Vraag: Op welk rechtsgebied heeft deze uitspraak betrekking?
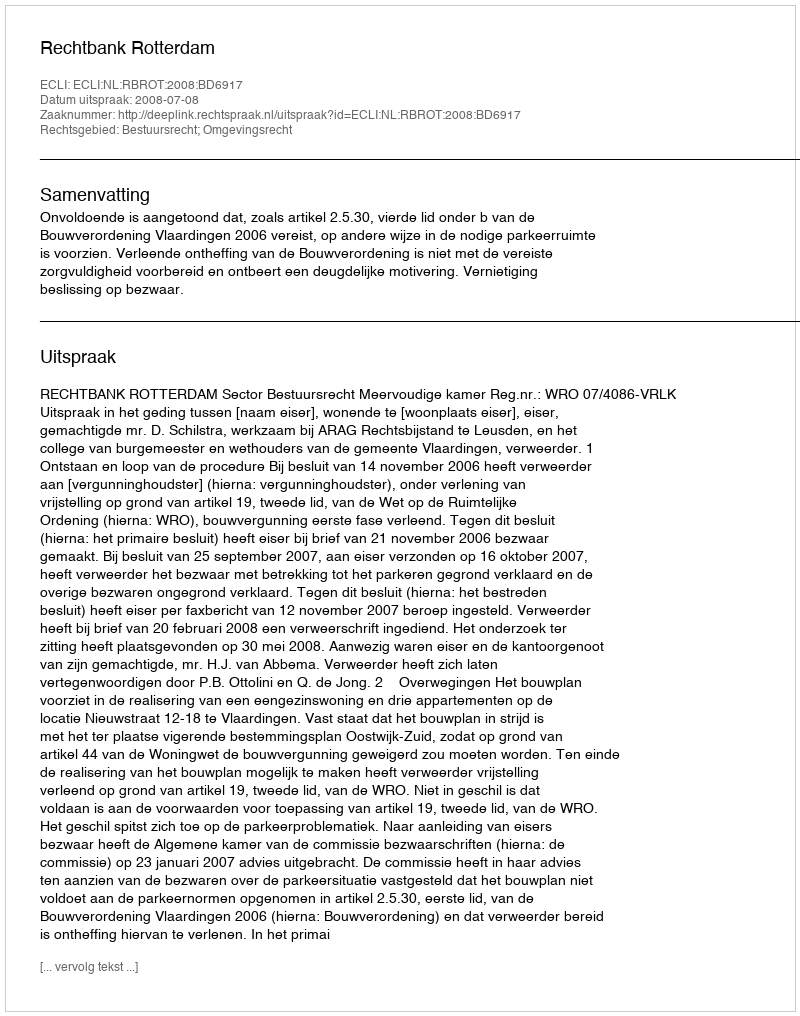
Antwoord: Bestuursrecht; Omgevingsrecht